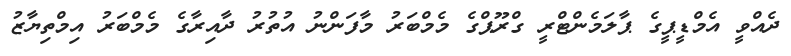
ދެއްވީ އެމްޑީޕީގެ ޕާލަމެންޓްރީ ގްރޫޕްގެ މެމްބަރު މާފަންނު އުތުރު ދާއިރާގެ މެމްބަރު އިމްތިޔާޒު